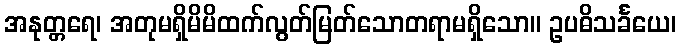
အနုတ္တရေ၊ အတုမရှိမိမိထက်လွတ်မြတ်သောတရာမရှိသော။ ဥပဓိသင်္ခယေ၊